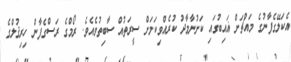
އެކަލޭގެފާނުގެ މައްޗަށް ޣައިބުގައި ކަށުނާމާދު ކުރެއްވިކަމަށް ސީރަތުއް ސާބިތުވެއެވެ. ރޯމްގެ ރަސްގެފާން ހިރިޤުލްގެ